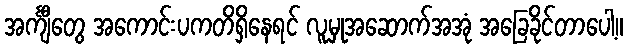
အင်္ကျီတွေ အကောင်းပကတိရှိနေရင် လူမှုအဆောက်အအုံ အခြေခိုင်တာပေါ့။